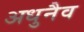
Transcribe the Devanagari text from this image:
अधुनैव